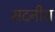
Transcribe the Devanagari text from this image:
मदनीश